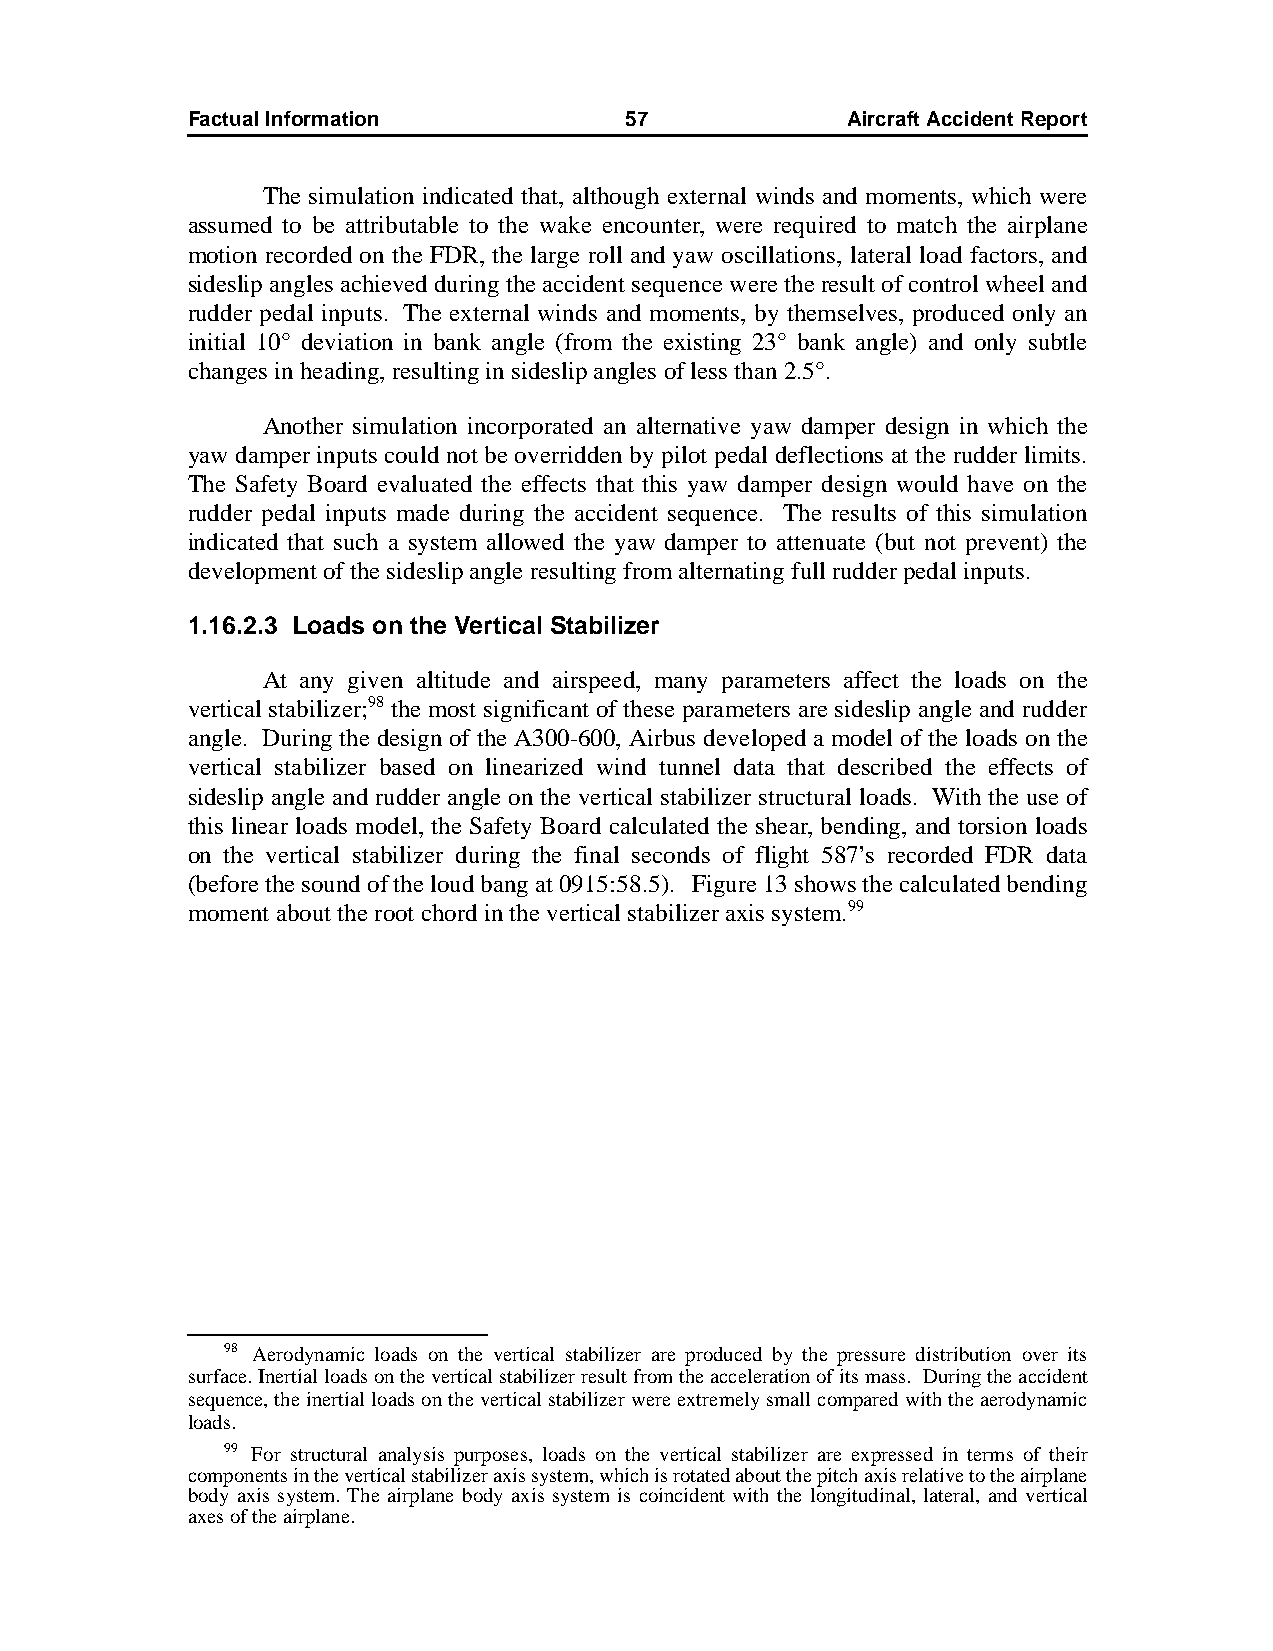
Factual Information          57             AircraftAccidentReport
 The simulation indicated that, although external winds and moments, which were
 assumed to be attributable to the wake encounter, were required to match the airplane
 motion recorded on the FDR, the large roll and yaw oscillations, lateral load factors, and
 sideslip angles achieved during the accident sequence were the result of control wheel and
 rudder pedal inputs. The external winds and moments, by themselves, produced only an
 initial 10° deviation in bank angle (from the existing 23° bank angle) and only subtle
 changes in heading, resulting in sideslip angles of less than 2.5°.
 Another simulation incorporated an alternative yaw damper design in which the
 yaw damper inputs could not be overridden by pilot pedal deflections at the rudder limits.
 The Safety Board evaluated the effects that this yaw damper design would have on the
 rudder pedal inputs made during the accident sequence. The results of this simulation
 indicated that such a system allowed the yaw damper to attenuate (but not prevent) the
 development of the sideslip angle resulting from alternating full rudder pedal inputs.
 1.16.2.3 Loads on the Vertical Stabilizer
 At any given altitude and airspeed, many parameters affect the loads on the
 vertical stabilizer;98 the most significant of these parameters are sideslip angle and rudder
 angle. During the design of the A300-600, Airbus developed a model of the loads on the
 vertical stabilizer based on linearized wind tunnel data that described the effects of
 sideslip angle and rudder angle on the vertical stabilizer structural loads. With the use of
 this linear loads model, the Safety Board calculated the shear, bending, and torsion loads
 on the vertical stabilizer during the final seconds of flight 587’s recorded FDR data
 (before the sound of the loud bang at 0915:58.5). Figure 13 shows the calculated bending
 moment about the root chord in the vertical stabilizer axis system.99
 98 Aerodynamic loads on the vertical stabilizer are produced by the pressure distribution over its
 surface. Inertial loads on the vertical stabilizer result from the acceleration of its mass. During the accident
 sequence, the inertial loads on the vertical stabilizer were extremely small compared with the aerodynamic
 loads.
 99 For structural analysis purposes, loads on the vertical stabilizer are expressed in terms of their
 components in the vertical stabilizer axis system, which is rotated about the pitch axis relative to the airplane
 body axis system. The airplane body axis system is coincident with the longitudinal, lateral, and vertical
 axes of the airplane.